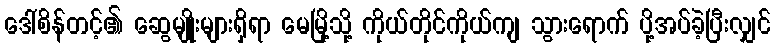
ဒေါ်စိန်တင့်၏ ဆွေမျိုးများရှိရာ မေမြို့သို့ ကိုယ်တိုင်ကိုယ်ကျ သွားရောက် ပို့အပ်ခဲ့ပြီးလျှင်